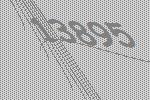
13895